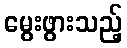
မွေးဖွားသည့်